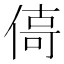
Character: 㑸